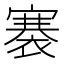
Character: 褰